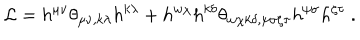
{ \cal L } = h ^ { \mu \nu } \theta _ { \mu \nu , k \lambda } h ^ { k \lambda } + h ^ { w \chi } h ^ { k \delta } \theta _ { w \chi k \delta , \psi \sigma \zeta \tau } h ^ { \psi \sigma } h ^ { \zeta \tau } \ .